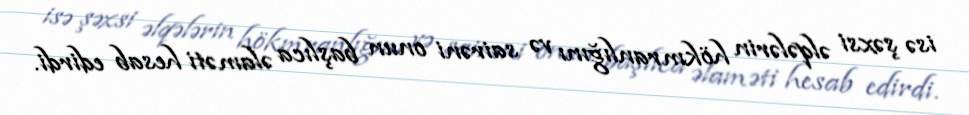
isə şəxsi əlqələrin hökmranlığını və sairəni onun başlıca əlaməti hesab edirdi.